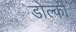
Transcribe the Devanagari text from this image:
डोल्की